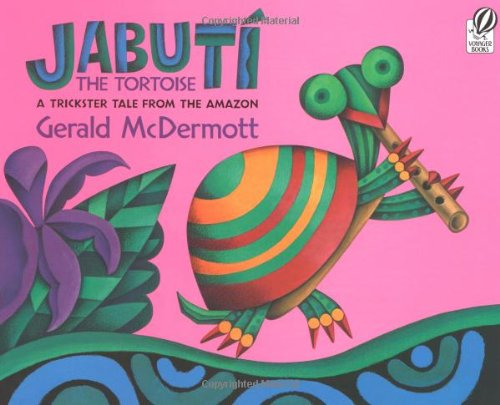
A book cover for JabutÃ­ the Tortoise: A Trickster Tale from the Amazon; Gerald McDermott; Children's Books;